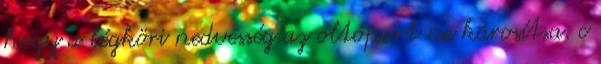
hogy a légköri nedvesség az oltóport ne károsítsa. c